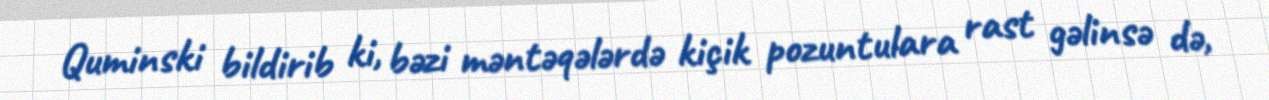
Quminski bildirib ki, bəzi məntəqələrdə kiçik pozuntulara rast gəlinsə də,